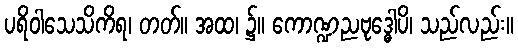
ပရိဝါသေသိကိရ၊ တတ်။ အထ၊ ၌။ ကောဏ္ဍညဗုဒ္ဓေါပိ၊ သည်လည်း။